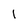
Character: l